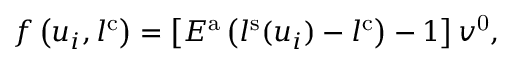
f \left( u _ { i } , l ^ { \mathrm { c } } \right) = \left[ E ^ { \mathrm { a } } \left( l ^ { \mathrm { s } } ( u _ { i } ) - l ^ { \mathrm { c } } \right) - 1 \right] v ^ { \mathrm { 0 } } ,